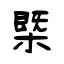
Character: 㮣